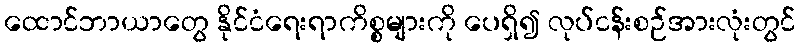
ထောင်ဘာယာတွေ နိုင်ငံရေးရာကိစ္စများကို ပေရှိ၍ လုပ်ငန်းစဉ်အားလုံးတွင်